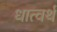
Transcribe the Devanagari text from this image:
धात्वर्थं